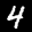
Label: 4